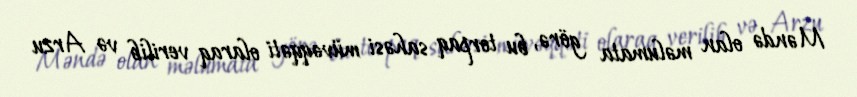
Məndə olan məlumata görə, bu torpaq sahəsi müvəqqəti olaraq verilib və Arzu